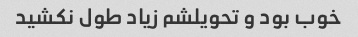
خوب بود و تحویلشم زیاد طول نکشید